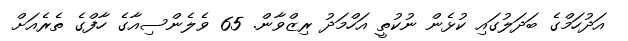
އަދުހަމްގެ ބަދަލުގައި ކުޅެން ނުކުތީ އަހްމަދު ރިޒްވާން. 65 ވެލެންސިއާގެ ހާފްގެ ތެރެއަށް